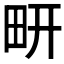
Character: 𰢹